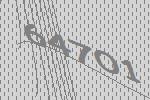
64701